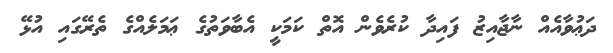
ދަޢުވާއެއް ނާޖާއިޒު ފައިދާ ކުރެވެން އޮތް ކަމަކީ އެބާވަތުގެ ޢަމަލެއްގެ ތެރޭގައި އުޅޭ